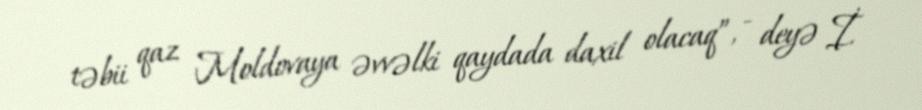
təbii qaz Moldovaya əvvəlki qaydada daxil olacaq”, - deyə İ.